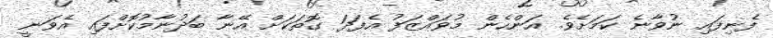
ފެނިފައި ނުވާނެ ކަމަށެވެ. އަންހެން މުވައްޒަފު އެފަދަ ގޮތަކަށް އޭނާ ބަދުނާމުކޮށްފައި އެވަނީ